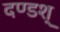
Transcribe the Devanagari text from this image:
दण्डश्